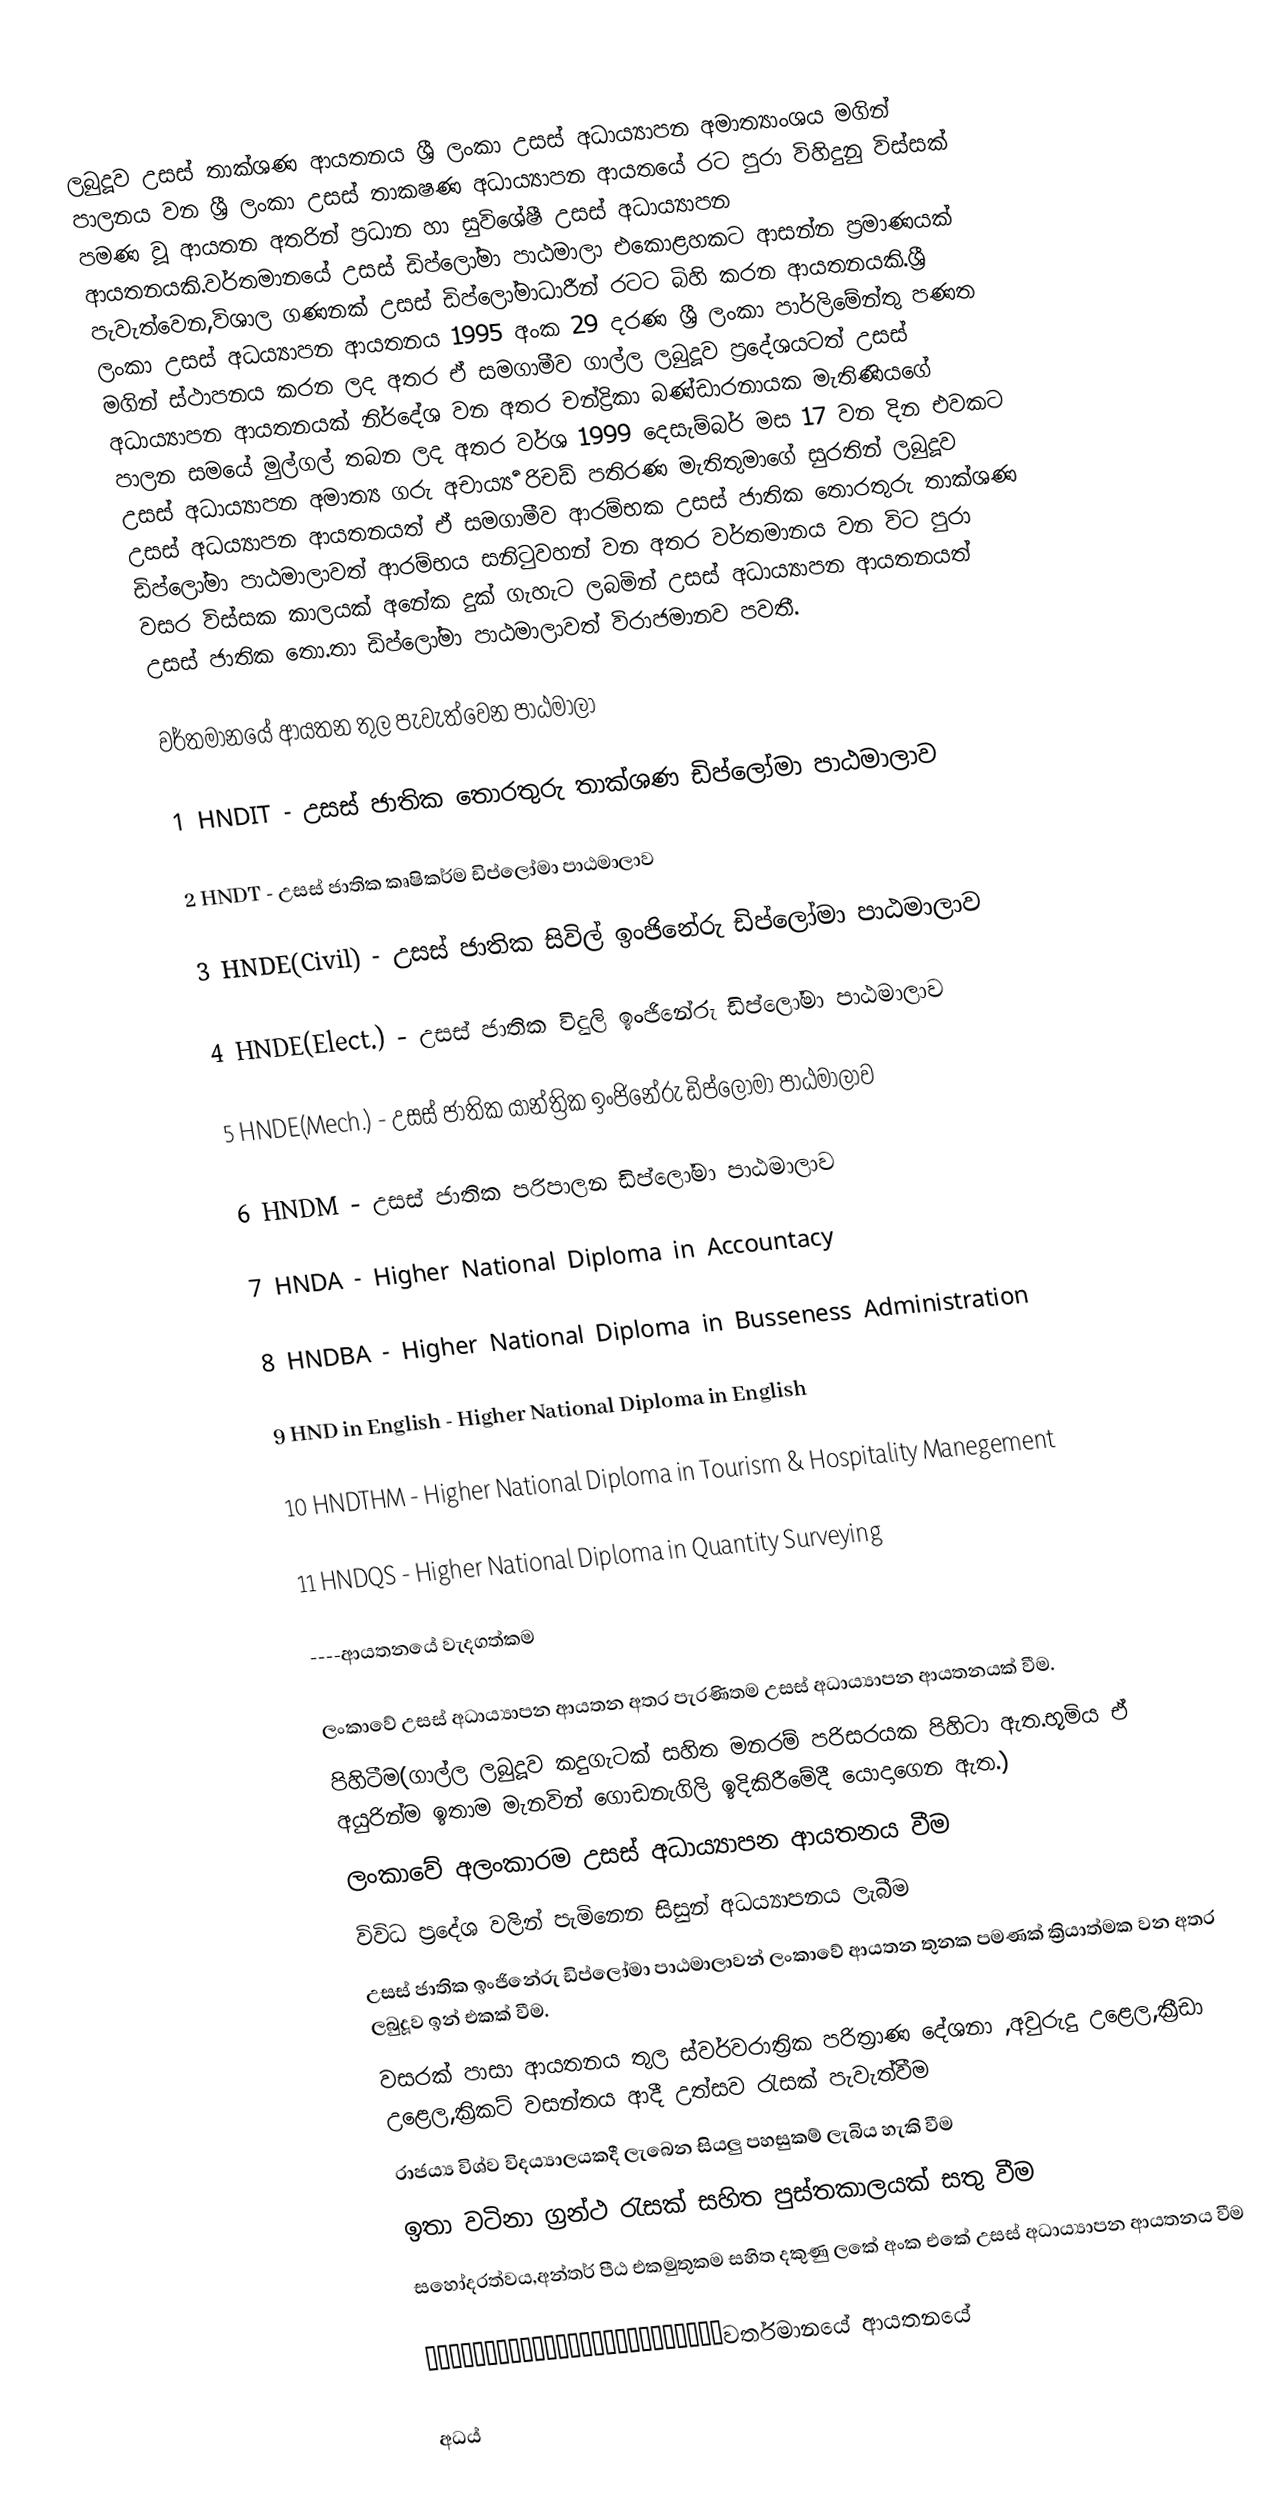
ලබුදූව උසස් තාක්ශණ ආයතනය ශ්‍රී ලංකා උසස් අධාය්‍යාපන අමාත්‍යාංශය මගින් පාලනය වන ශ්‍රී ලංකා උසස් තාකෂණ අධාය්‍යාපන ආයතයේ රට පුරා විහිදුනු විස්සක් පමණ වූ ආයතන අතරින් ප්‍රධාන හා සුවිශේෂී උසස් අධාය්‍යාපන ආයතනයකි.වර්තමානයේ උසස් ඩිප්ලෝමා පාඨමාලා එකොළහකට ආසන්න ප්‍රමාණයක් පැවැත්වෙන,විශාල ගණනක් උසස් ඩිප්ලෝමාධාරීන් රටට බිහි කරන ආයතනයකි.ශ්‍රී ලංකා උසස් අධය්‍යාපන ආයතනය 1995 අංක 29 දරණ ශ්‍රී ලංකා පාර්ලිමේන්තු පණත මගින් ස්ථාපනය කරන ලද අතර ඒ සමගාමීව ගාල්ල ලබුදූව ප්‍රදේශයටත් උසස් අධාය්‍යාපන ආයතනයක් නිර්දේශ වන අතර චන්ද්‍රිකා බණ්ඩාරනායක මැතිණියගේ පාලන සමයේ මුල්ගල් තබන ලද අතර වර්ශ 1999 දෙසැම්බර් මස 17 වන දින එවකට උසස් අධාය්‍යාපන අමාත්‍ය ගරු අචාර්‍ය්‍ය රිචඩ් පතිරණ මැතිතුමාගේ සුරතින් ලබුදූව උසස් අධය්‍යාපන ආයතනයත් ඒ සමගාමීව ආරම්භක උසස් ජාතික තොරතුරු තාක්ශණ ඩිප්ලෝමා පාඨමාලාවත් ආරම්භය සනිටුවහන් වන අතර වර්තමානය වන විට පුරා වසර විස්සක කාලයක් අනේක දුක් ගැහැට ලබමින් උසස් අධාය්‍යාපන ආයතනයත් උසස් ජාතික තො.තා ඩිප්ලෝමා පාඨමාලාවත්  විරාජමානව පවතී.

වර්තමානයේ ආයතන තුල පැවැත්වෙන පාඨමාලා

1 HNDIT - උසස් ජාතික තොරතුරු තාක්ශණ ඩිප්ලෝමා පාඨමාලාව

2 HNDT - උසස් ජාතික කෘෂිකර්ම ඩිප්ලෝමා  පාඨමාලාව

3 HNDE(Civil) - උසස් ජාතික සිවිල් ඉංජිනේරු  ඩිප්ලෝමා පාඨමාලාව

4 HNDE(Elect.) - උසස් ජාතික විදුලි ඉංජිනේරු  ඩිප්ලෝමා පාඨමාලාව

5 HNDE(Mech.) - උසස් ජාතික යාන්ත්‍රික ඉංජිනේරු  ඩිප්ලෝමා පාඨමාලාව

6 HNDM - උසස් ජාතික පරිපාලන ඩිප්ලෝමා  පාඨමාලාව

7 HNDA - Higher National Diploma in Accountacy

8  HNDBA - Higher National Diploma in Busseness Administration

9  HND in English  - Higher National Diploma in English

10   HNDTHM - Higher National Diploma in Tourism & Hospitality Manegement

11 HNDQS -  Higher National Diploma in Quantity Surveying

 ----ආයතනයේ වැදගත්කම

 ලංකාවේ උසස් අධාය්‍යාපන ආයතන අතර පැරණිතම උසස් අධාය්‍යාපන ආයතනයක් වීම.
 පිහිටීම(ගාල්ල ලබුදූව කදුගැටක් සහිත මනරම් පරිසරයක පිහිටා ඇත.භූමිය ඒ අයුරින්ම ඉතාම මැනවින් ගොඩනැගිලි ඉදිකිරීමේදී යොදාගෙන ඇත.)
 ලංකාවේ අලංකාරම උසස් අධාය්‍යාපන ආයතනය වීම
 විවිධ ප්‍රදේශ වලින් පැමිනෙන සිසුන් අධය්‍යාපනය ලැබීම
 උසස් ජාතික ඉංජිනේරු ඩිප්ලෝමා පාඨමාලාවන් ලංකාවේ ආයතන තුනක පමණක් ක්‍රියාත්මක වන අතර ලබුදූව ඉන් එකක් වීම.
 වසරක් පාසා ආයතනය තුල ස්‍වර්වරාත්‍රික පරිත්‍රාණ දේශනා ,අවුරුදු උළෙල,ක්‍රීඩා උළෙල,ක්‍රිකට් වසන්තය ආදී උත්සව රැසක් පැවැත්වීම
 රාජය්‍ය විශ්ව විදය්‍යාලයකදී ලැබෙන සියලු පහසුකම් ලැබිය හැකි වීම
 ඉතා වටිනා ග්‍රන්ථ රැසක් සහිත පුස්තකාලයක් සතු වීම
 සහෝදරත්වය,අන්තර් පීඨ එකමුතුකම සහිත දකුණු ලකේ අංක එකේ උසස් අධාය්‍යාපන ආයතනය වීම

—————————————————————————වර්තමානයේ ආයතනයේ

අධය්‍